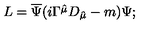
L = \overline { { \Psi } } ( i \Gamma \hat { ^ { \mu } } D _ { \hat { \mu } } - m ) \Psi ;